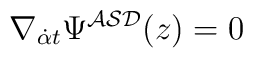
\nabla _{{\dot \alpha}t}\Psi ^{{\cal ASD}}(z)=0